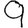
Digit: 9